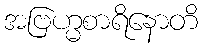
အဗြဟ္မစာရိနောတိ